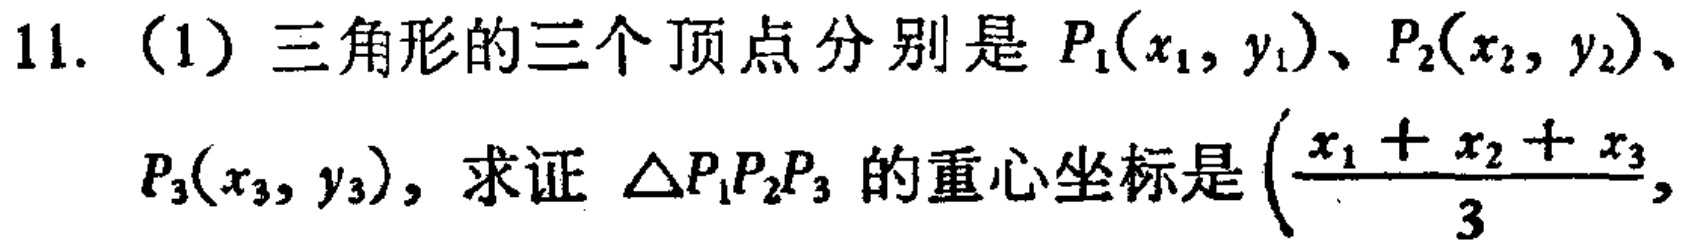
11. （1）三角形的三个顶点分别是 \(P_1(x_1,y_1)\)、\(P_2(x_2,y_2)\)、\(P_3(x_3,y_3)\)，求证 \(\triangle P_1P_2P_3\) 的重心坐标是 \((\frac{x_1 + x_2 + x_3}{3},\)